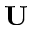
{ \mathbf U }